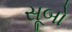
સૂબો